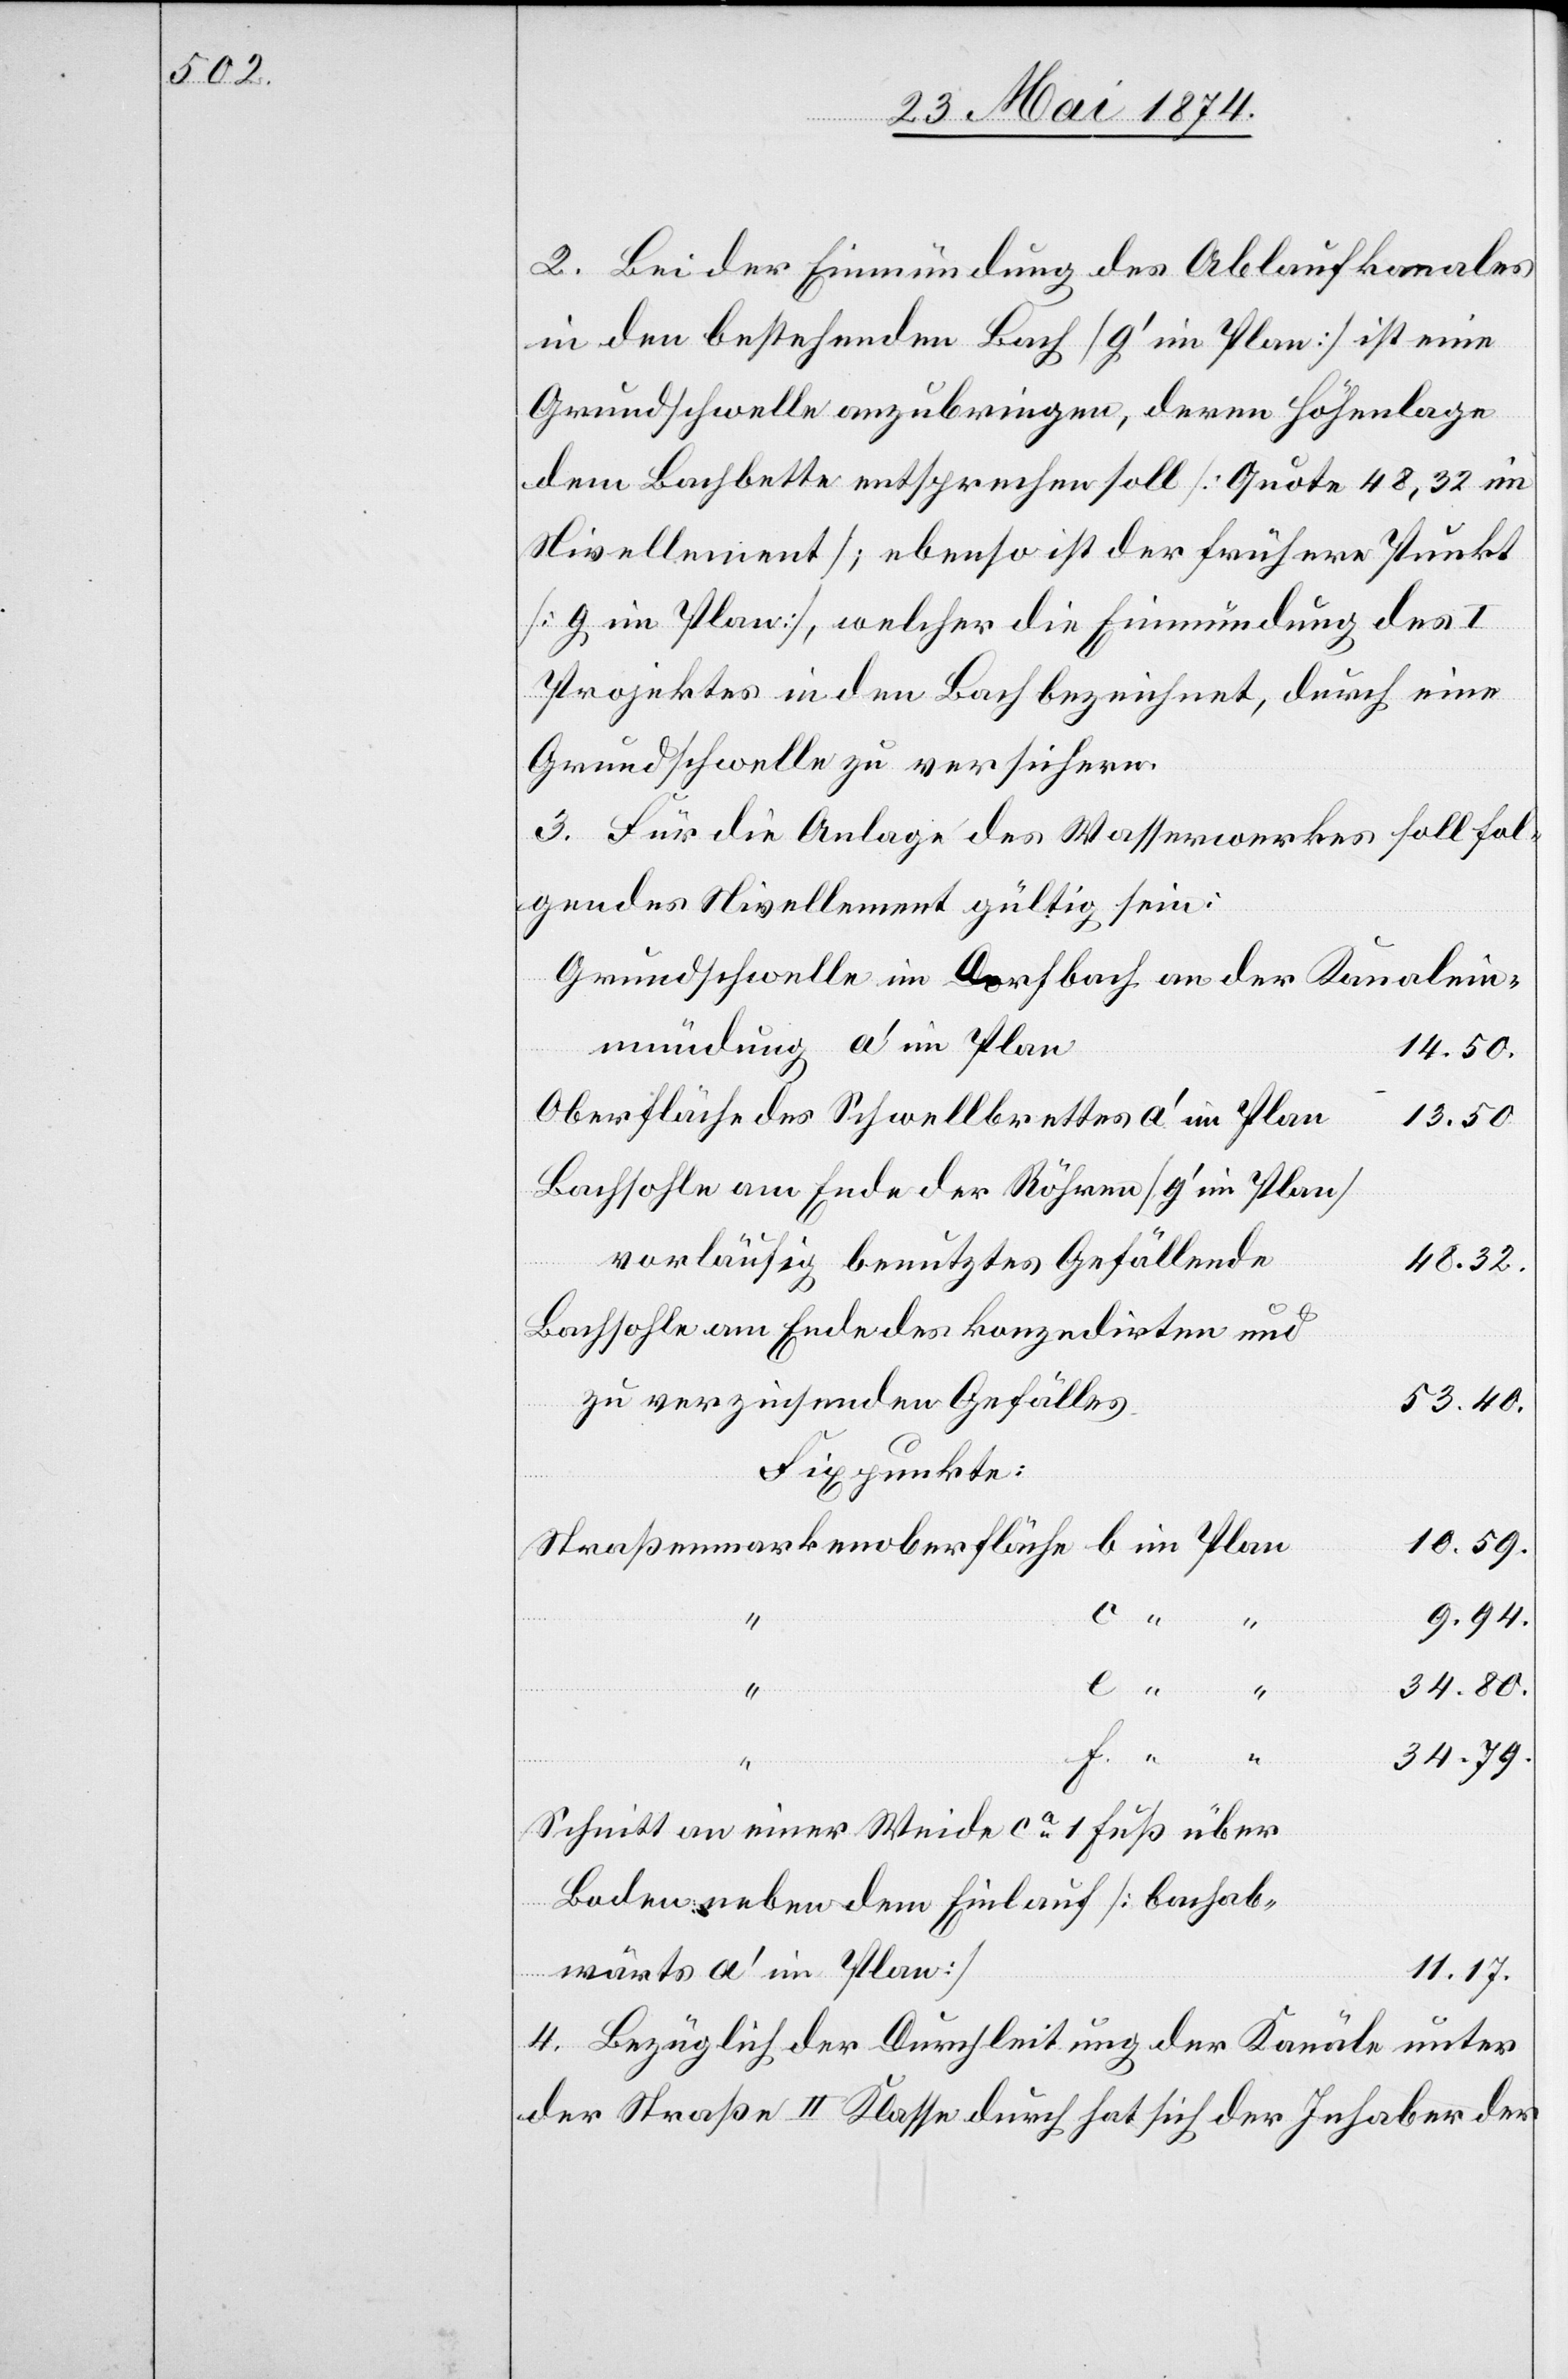
2. Bei der Einmündung des Ablaufkanales
in den bestehenden Bach [g‘ im Plan] ist eine
Grundschwelle anzubringen, deren Höhenlage
dem Bachbette entsprechen soll [Quote 48,32 im
Nivellement], ebenso ist der frühere Punkt
[g im Plan], welcher die Einmündung des I
Projektes in dem Bach bezeichnet, durch eine
Grundschwelle zu versichern.
3. Für die Anlage des Wasserwerkes soll fol¬
gendes Nivellement gültig sein:
Grundschwelle im Dorfbach an der Kanalein¬
mündung a‘ im Plan
14.50.
Oberfläche des Schwellbrettes a‘ im Plan
13.50.
Bachsohle am Ende der Röhren [g‘ im Plan]
vorläufig benutztes Gefällende
48.32.
Bachsohle am Ende des konzedirten und
zu verzinsenden Gefälles
53.40.
Fixpunkte:
10.59.
9.94.
34.80.
34.79.
Schnitt an einer Weide ca 1 Fuß
Boden neben dem Einlauf [bachab¬
11.17.
wärts a‘ im Plan]
4. Bezüglich der Durchleitung der Kanäle unter
der Straße II. Klasse durch hat sich der Inhaber der